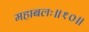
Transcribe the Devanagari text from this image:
महाबलः॥१०॥